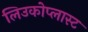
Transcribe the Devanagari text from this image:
लिउकोप्लास्ट